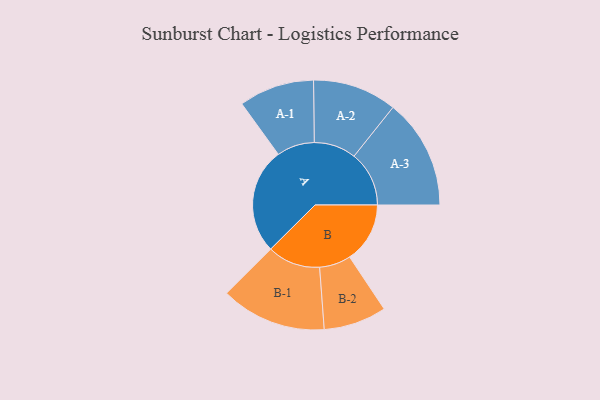
{"axis": {"x": "Segment", "y": "Value"}, "legend": ["", "A", "B"], "data": [{"x": "A", "y": 441, "type": ""}, {"x": "B", "y": 251, "type": ""}, {"x": "A-1", "y": 157, "type": "A"}, {"x": "A-2", "y": 175, "type": "A"}, {"x": "A-3", "y": 229, "type": "A"}, {"x": "B-1", "y": 220, "type": "B"}, {"x": "B-2", "y": 131, "type": "B"}]}